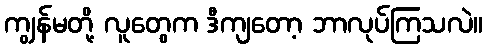
ကျွန်မတို့ လူတွေက ဒီကျတော့ ဘာလုပ်ကြသလဲ။